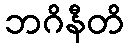
ဘဂိနီတိ